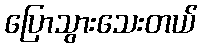
ပြောသွားသေးတယ်